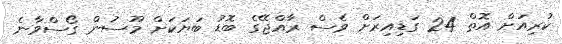
ކުރިއަށް އޮތް 24 ގަޑިއިރަށް ވެސް ރާއްޖޭގެ ބޮޑު ބަޔަކަށް މޫސުން ގޯސްވާނެ